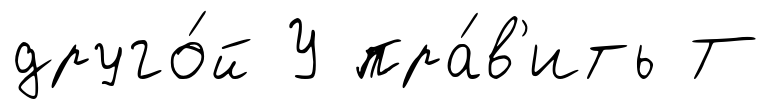
друго́й У пра́в'ить Т